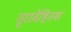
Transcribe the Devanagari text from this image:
तृरावेष्टितमां